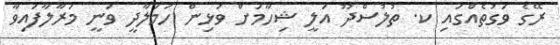
ރޭގެ ވަގުތެއްގައި ކ. ތުލުސްދޫ އަލީ ޝިހާމަށް ވަޅިން ހަމަލާދީ ވަނީ މަރާލާފައިވާ